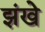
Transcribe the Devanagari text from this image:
झंखे